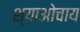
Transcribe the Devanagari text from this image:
श्याओचाय